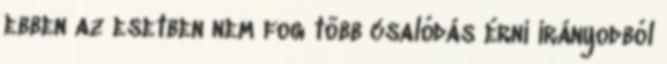
ebben az esetben nem fog több csalódás érni irányodból